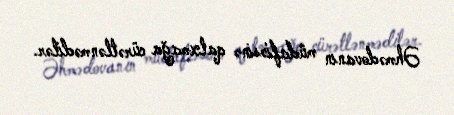
Əhmədovanın müdafiəsinə qalxmağa cürətlənmədilər.